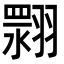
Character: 𮋏